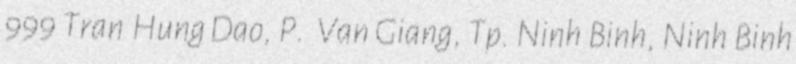
999 Tran Hung Dao, P.  Van Giang, Tp. Ninh Binh, Ninh Binh